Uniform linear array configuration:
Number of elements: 64
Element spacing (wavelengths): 0.5
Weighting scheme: cosine
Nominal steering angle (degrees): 60
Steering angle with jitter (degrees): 58.796
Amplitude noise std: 0.05
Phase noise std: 0.05

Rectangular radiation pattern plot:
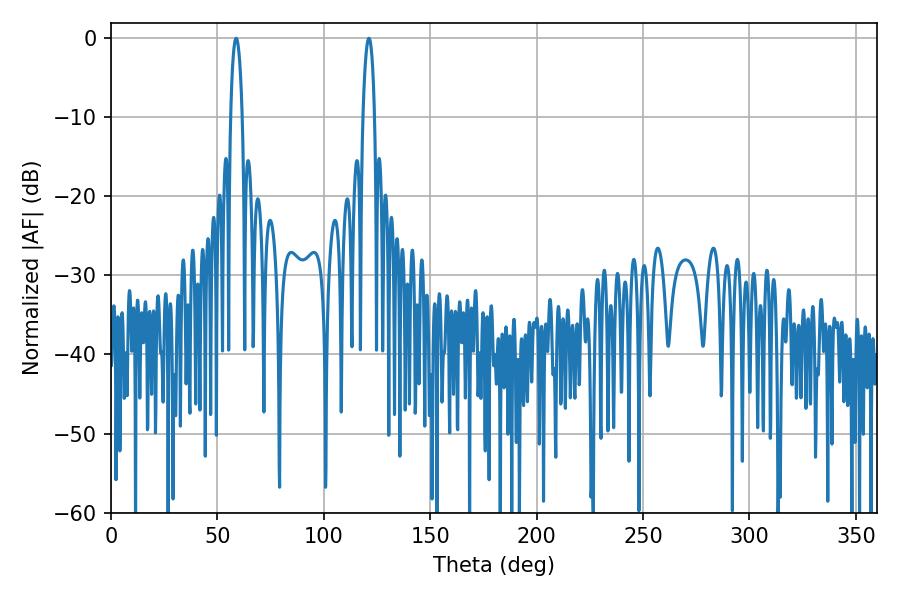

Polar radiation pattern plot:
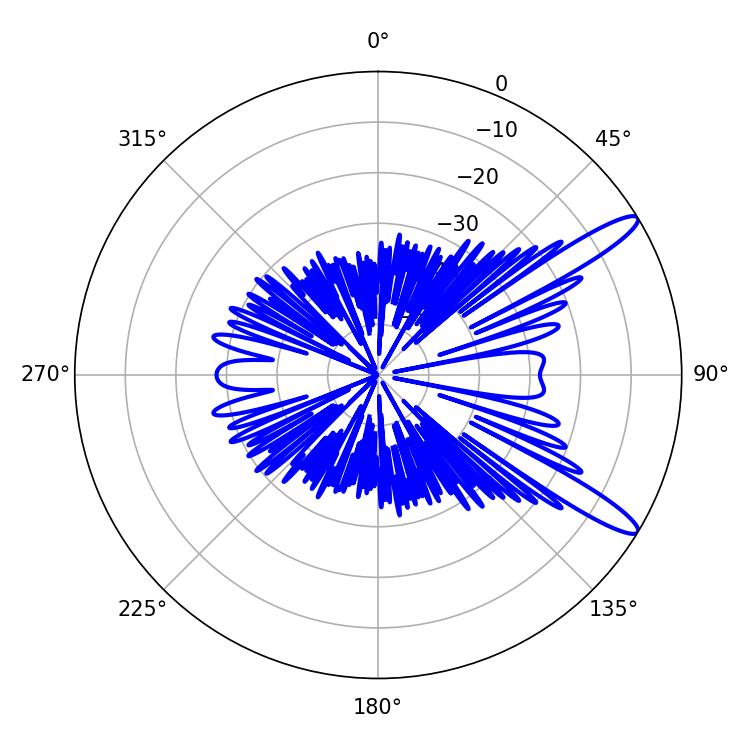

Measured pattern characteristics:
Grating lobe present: FALSE
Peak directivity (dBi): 12.863
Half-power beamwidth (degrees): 3.06
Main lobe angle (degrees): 58.86